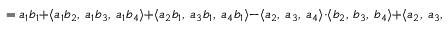
\qquad = a _ { 1 } b _ { 1 } + \langle a _ { 1 } b _ { 2 } , \ a _ { 1 } b _ { 3 } , \ a _ { 1 } b _ { 4 } \rangle + \langle a _ { 2 } b _ { 1 } , \ a _ { 3 } b _ { 1 } , \ a _ { 4 } b _ { 1 } \rangle - \langle a _ { 2 } , \ a _ { 3 } , \ a _ { 4 } \rangle \cdot \langle b _ { 2 } , \ b _ { 3 } , \ b _ { 4 } \rangle + \langle a _ { 2 } , \ a _ { 3 } , \ a _ { 4 } \rangle \times \langle b _ { 2 } , \ b _ { 3 } , \ b _ { 4 } \rangle